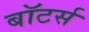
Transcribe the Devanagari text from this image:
बॉटर्स